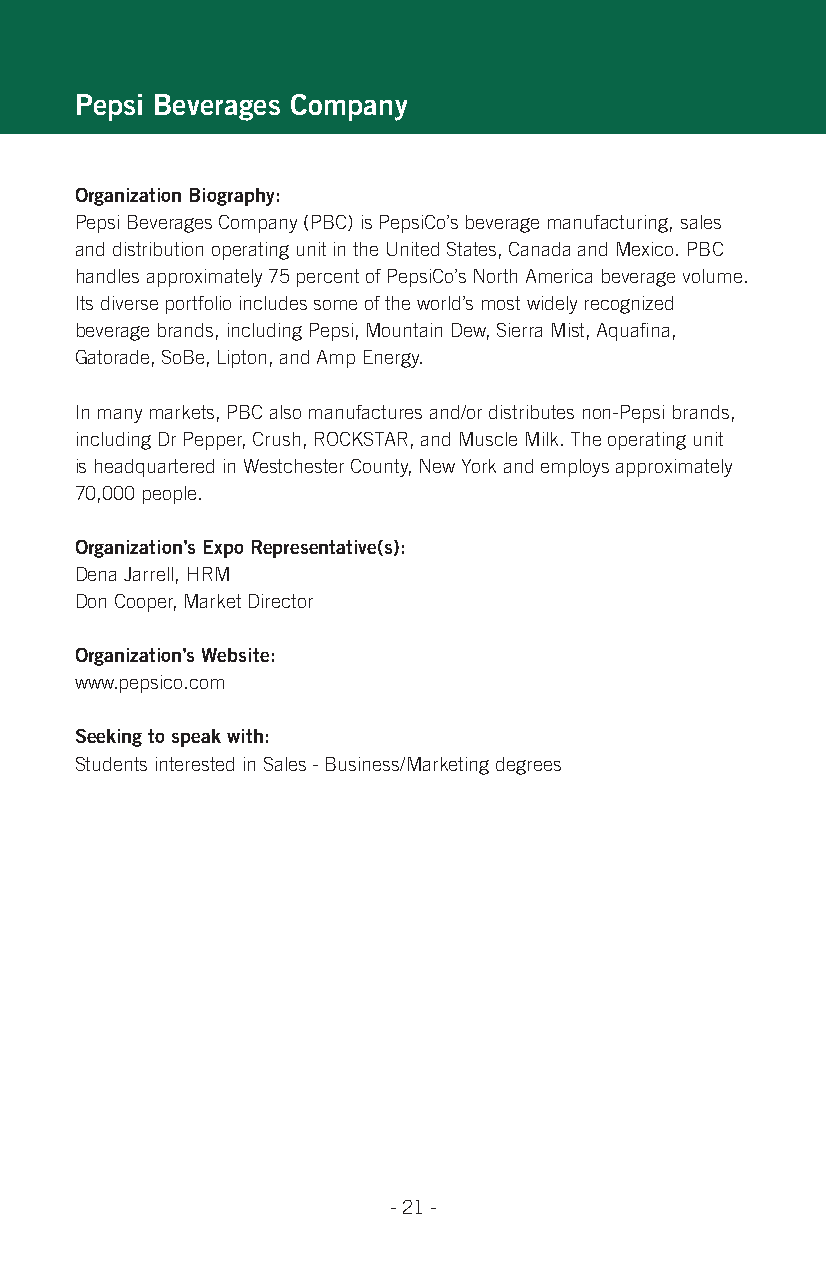
pepsi Beverages Company
 organization Biography:
 Pepsi Beverages Company (PBC) is PepsiCo’s beverage manufacturing, sales
 and distribution operating unit in the United States, Canada and Mexico. PBC
 handles approximately 75 percent of PepsiCo’s North America beverage volume.
 Its diverse portfolio includes some of the world’s most widely recognized
 beverage brands, including Pepsi, Mountain Dew, Sierra Mist, Aquafina,
 Gatorade, SoBe, Lipton, and Amp Energy.
 In many markets, PBC also manufactures and/or distributes non-Pepsi brands,
 including Dr Pepper, Crush, ROCKSTAR, and Muscle Milk. The operating unit
 is headquartered in Westchester County, New York and employs approximately
 70,000 people.
 organization’s expo representative(s):
 Dena Jarrell, HRM
 Don Cooper, Market Director
 organization’s Website:
 www.pepsico.com
 seeking to speak with:
 Students interested in Sales - Business/Marketing degrees
 - 21 -